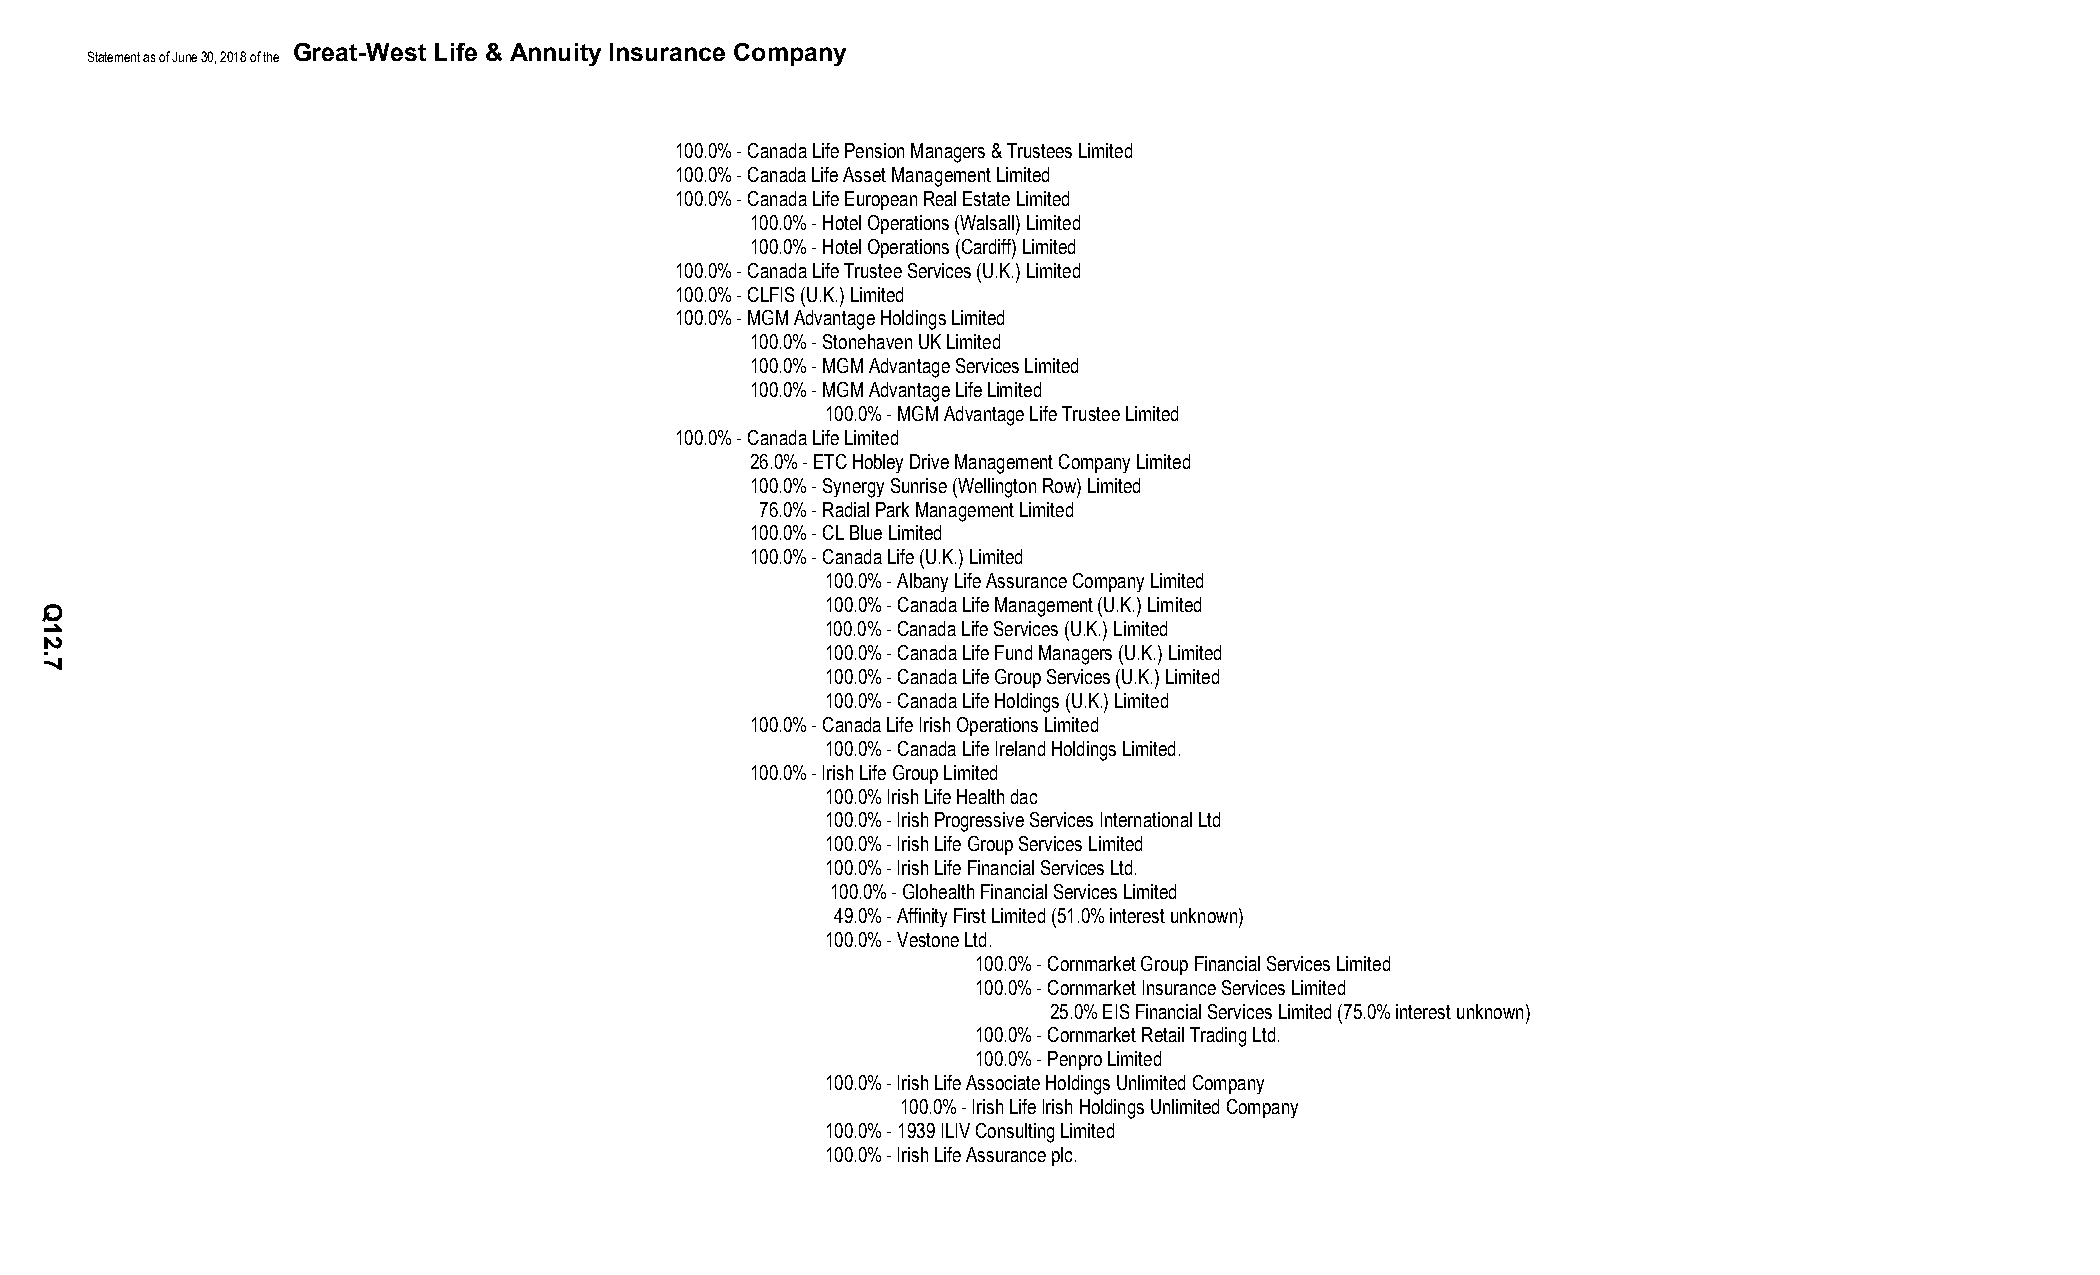
Great-West Life & Annuity Insurance Company
 Statement as of June 30, 2018 of the
 100.0% - Canada Life Pension Managers & Trustees Limited
 100.0% - Canada Life Asset Management Limited
 100.0% - Canada Life European Real Estate Limited
 100.0% - Hotel Operations (Walsall) Limited
 100.0% - Hotel Operations (Cardiff) Limited
 100.0% - Canada Life Trustee Services (U.K.) Limited
 100.0% - CLFIS (U.K.) Limited
 100.0% - MGM Advantage Holdings Limited
 100.0% - Stonehaven UK Limited
 100.0% - MGM Advantage Services Limited
 100.0% - MGM Advantage Life Limited
 100.0% - MGM Advantage Life Trustee Limited
 100.0% - Canada Life Limited
 26.0% - ETC Hobley Drive Management Company Limited
 100.0% - Synergy Sunrise (Wellington Row) Limited
 76.0% - Radial Park Management Limited
 100.0% - CL Blue Limited
 100.0% - Canada Life (U.K.) Limited
 100.0% - Albany Life Assurance Company Limited
 100.0% - Canada Life Management (U.K.) Limited
 100.0% - Canada Life Services (U.K.) Limited
 100.0% - Canada Life Fund Managers (U.K.) Limited
 100.0% - Canada Life Group Services (U.K.) Limited
 100.0% - Canada Life Holdings (U.K.) Limited
 100.0% - Canada Life Irish Operations Limited
 100.0% - Canada Life Ireland Holdings Limited.
 100.0% - Irish Life Group Limited
 100.0% Irish Life Health dac
 100.0% - Irish Progressive Services International Ltd
 100.0% - Irish Life Group Services Limited
 100.0% - Irish Life Financial Services Ltd.
 100.0% - Glohealth Financial Services Limited
 49.0% - Affinity First Limited (51.0% interest unknown)
 100.0% - Vestone Ltd.
 100.0% - Cornmarket Group Financial Services Limited
 100.0% - Cornmarket Insurance Services Limited
 25.0% EIS Financial Services Limited (75.0% interest unknown)
 100.0% - Cornmarket Retail Trading Ltd.
 100.0% - Penpro Limited
 100.0% - Irish Life Associate Holdings Unlimited Company
 100.0% - Irish Life Irish Holdings Unlimited Company
 100.0% - 1939 ILIV Consulting Limited
 100.0% - Irish Life Assurance plc.
 Q12.7